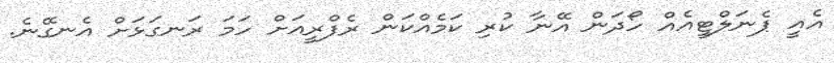
އެއީ ޕެނަލްޓީއެއް ހޯދަން އޭނާ ކުރި ކަމެއްކަން ރެފްރީއަށް ހަމަ ރަނގަޅަށް އެނގޭނެ.